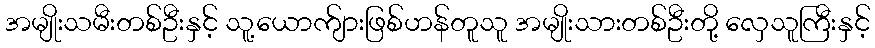
အမျိုးသမီးတစ်ဦးနှင့် သူ့ယောက်ျားဖြစ်ဟန်တူသူ အမျိုးသားတစ်ဦးတို့ လှေသူကြီးနှင့်